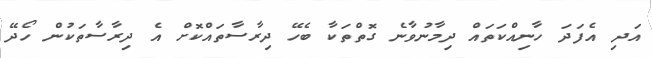
އަދި އެފަދަ ހާނިއްކަތައް ދިމާނުވާނެ ގޮތްތަކާ ބެހޭ ދިރާސާތައްކޮށް އެ ދިރާސާތަކުން ހޯދޭ